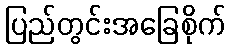
ပြည်တွင်းအခြေစိုက်